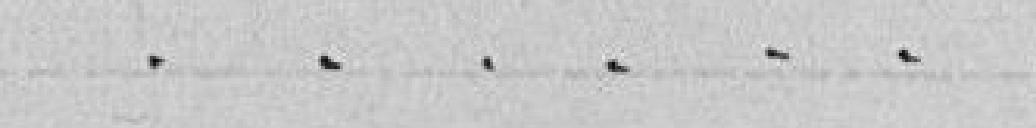
- - - - -